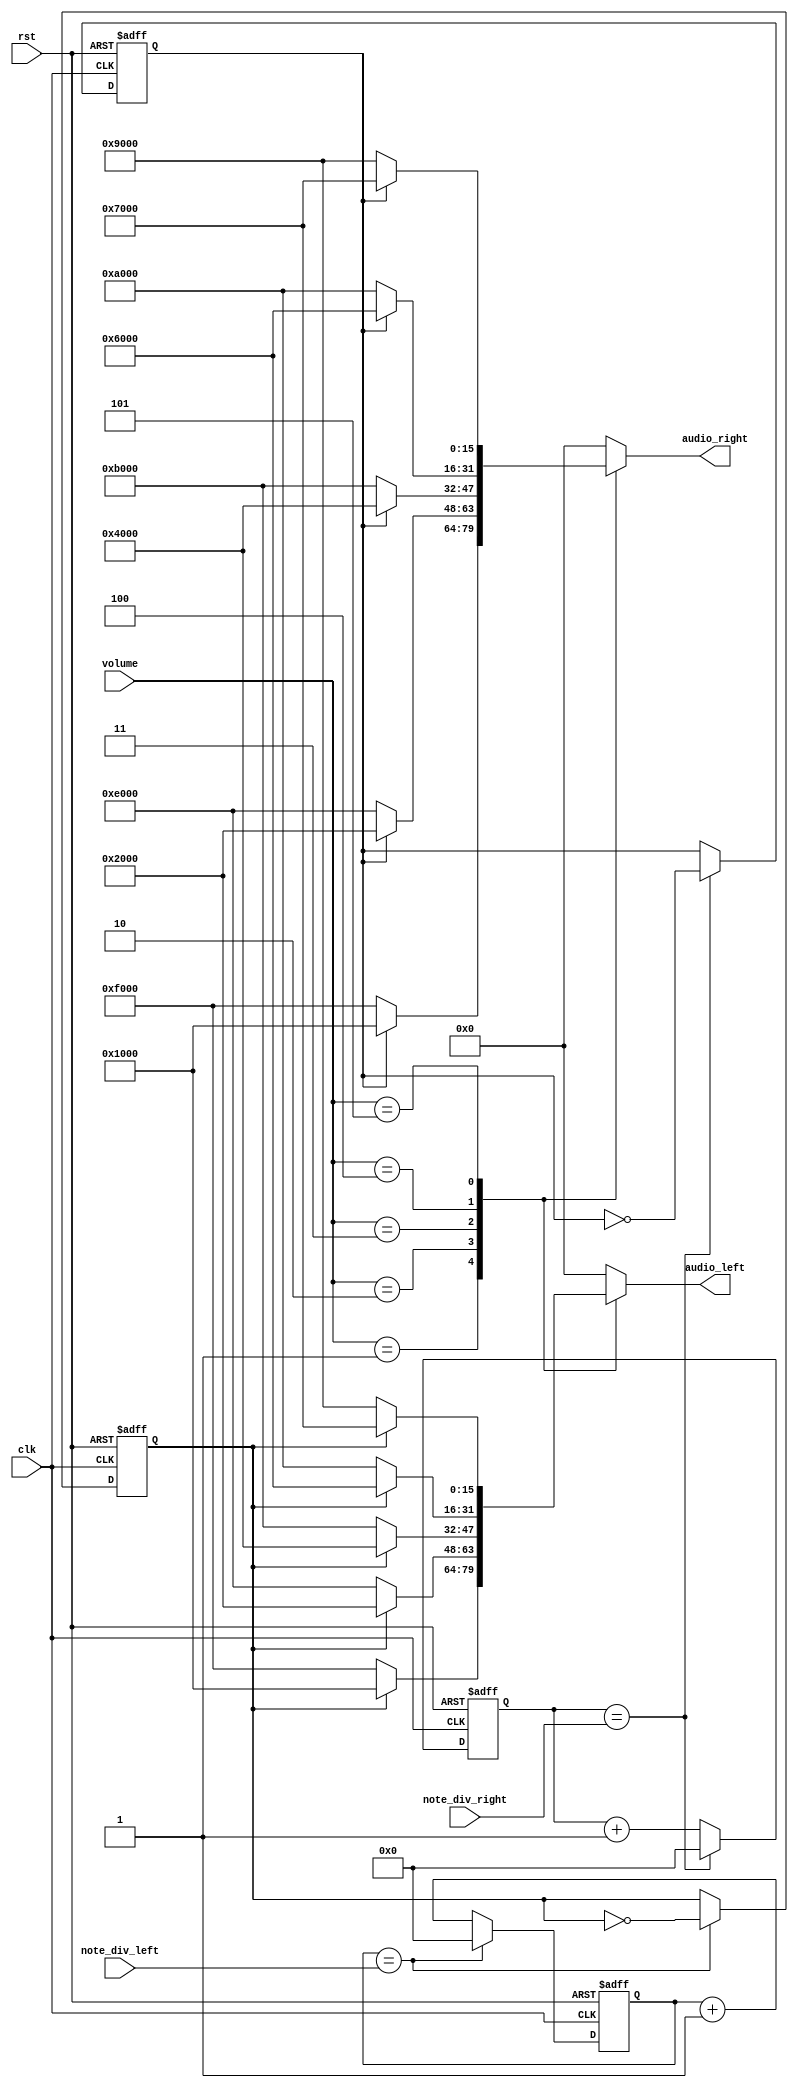
module note_gen(
    clk, // clock from crystal
    rst, // active high reset
    note_div_left, // div for note generation
    note_div_right,
    audio_left,
    audio_right,
    volume
);

    // I/O declaration
    input clk; // clock from crystal
    input rst; // active low reset
    input [21:0] note_div_left, note_div_right; // div for note generation
    output reg [15:0] audio_left, audio_right;
    input [2:0] volume;

    // Declare internal signals
    reg [21:0] clk_cnt_next, clk_cnt;
    reg [21:0] clk_cnt_next_2, clk_cnt_2;
    reg b_clk, b_clk_next;
    reg c_clk, c_clk_next;

    // Note frequency generation
    always @(posedge clk or posedge rst)
        if (rst == 1'b1)
            begin
                clk_cnt <= 22'd0;
                clk_cnt_2 <= 22'd0;
                b_clk <= 1'b0;
                c_clk <= 1'b0;
            end
        else
            begin
                clk_cnt <= clk_cnt_next;
                clk_cnt_2 <= clk_cnt_next_2;
                b_clk <= b_clk_next;
                c_clk <= c_clk_next;
            end
        
    always @*
        if (clk_cnt == note_div_left)
            begin
                clk_cnt_next = 22'd0;
                b_clk_next = ~b_clk;
            end
        else
            begin
                clk_cnt_next = clk_cnt + 1'b1;
                b_clk_next = b_clk;
            end

    always @*
        if (clk_cnt_2 == note_div_right)
            begin
                clk_cnt_next_2 = 22'd0;
                c_clk_next = ~c_clk;
            end
        else
            begin
                clk_cnt_next_2 = clk_cnt_2 + 1'b1;
                c_clk_next = c_clk;
            end

    // Assign the amplitude of the note
    // Volume is controlled here
    // assign audio_left = (note_div_left == 22'd1) ? 16'h0000 : (b_clk == 1'b0) ? 16'hE000 : 16'h2000;
    // assign audio_right = (note_div_right == 22'd1) ? 16'h0000 : (c_clk == 1'b0) ? 16'hE000 : 16'h2000;

    always @(*) begin
        case (volume)
            3'd0 : begin
                audio_left = 16'h0000;
                audio_right = 16'h0000;
            end
            3'd1: begin
                audio_left = (b_clk == 1'b0) ? 16'hF000 : 16'h1000;
                audio_right = (c_clk == 1'b0) ? 16'hF000 : 16'h1000;
            end
            3'd2 : begin
                audio_left = (b_clk == 1'b0) ? 16'hE000 : 16'h2000;
                audio_right = (c_clk == 1'b0) ? 16'hE000 : 16'h2000;
            end
            3'd3 : begin
                audio_left = (b_clk == 1'b0) ? 16'hB000 : 16'h4000;
                audio_right = (c_clk == 1'b0) ? 16'hB000 : 16'h4000;
            end
            3'd4 : begin
                audio_left = (b_clk == 1'b0) ? 16'hA000 : 16'h6000;
                audio_right = (c_clk == 1'b0) ? 16'hA000 : 16'h6000;
            end
            3'd5 : begin
                audio_left = (b_clk == 1'b0) ? 16'h9000 : 16'h7000;
                audio_right = (c_clk == 1'b0) ? 16'h9000 : 16'h7000;
            end
            default : begin
                audio_left = 16'h0000;
                audio_right = 16'h0000;
            end
        endcase
    end 

endmodule